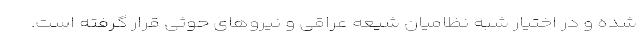
شده و در اختیار شبه نظامیان شیعه عراقی و نیروهای حوثی قرار گرفته است.